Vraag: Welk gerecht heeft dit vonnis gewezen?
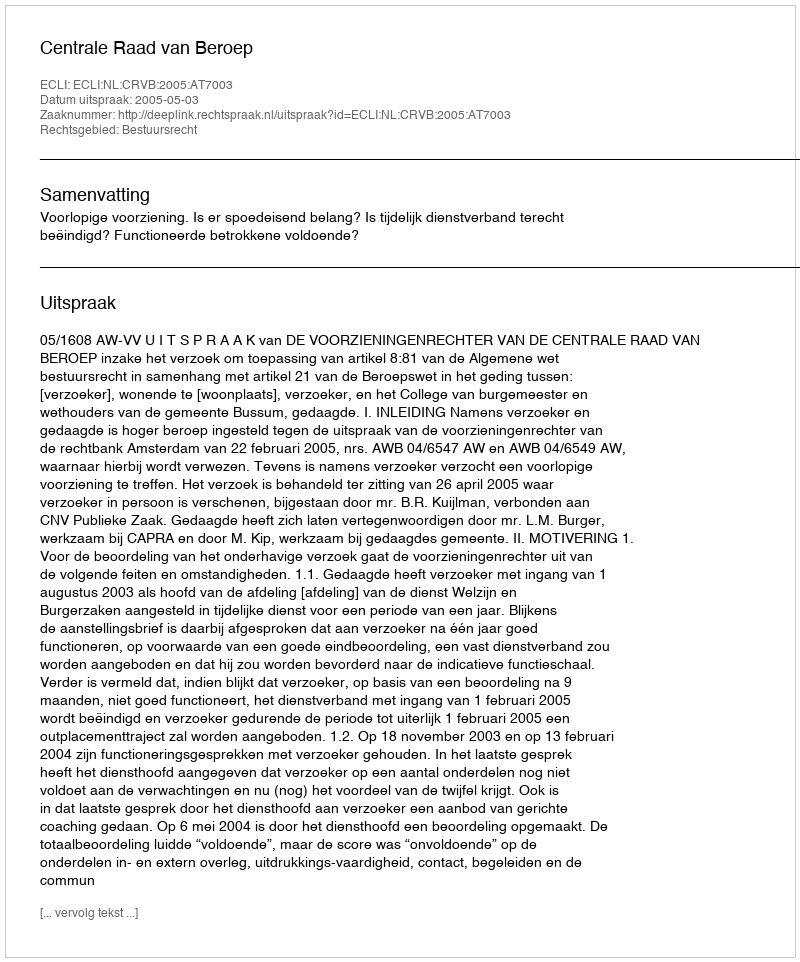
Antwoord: Centrale Raad van Beroep